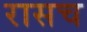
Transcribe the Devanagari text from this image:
रासच